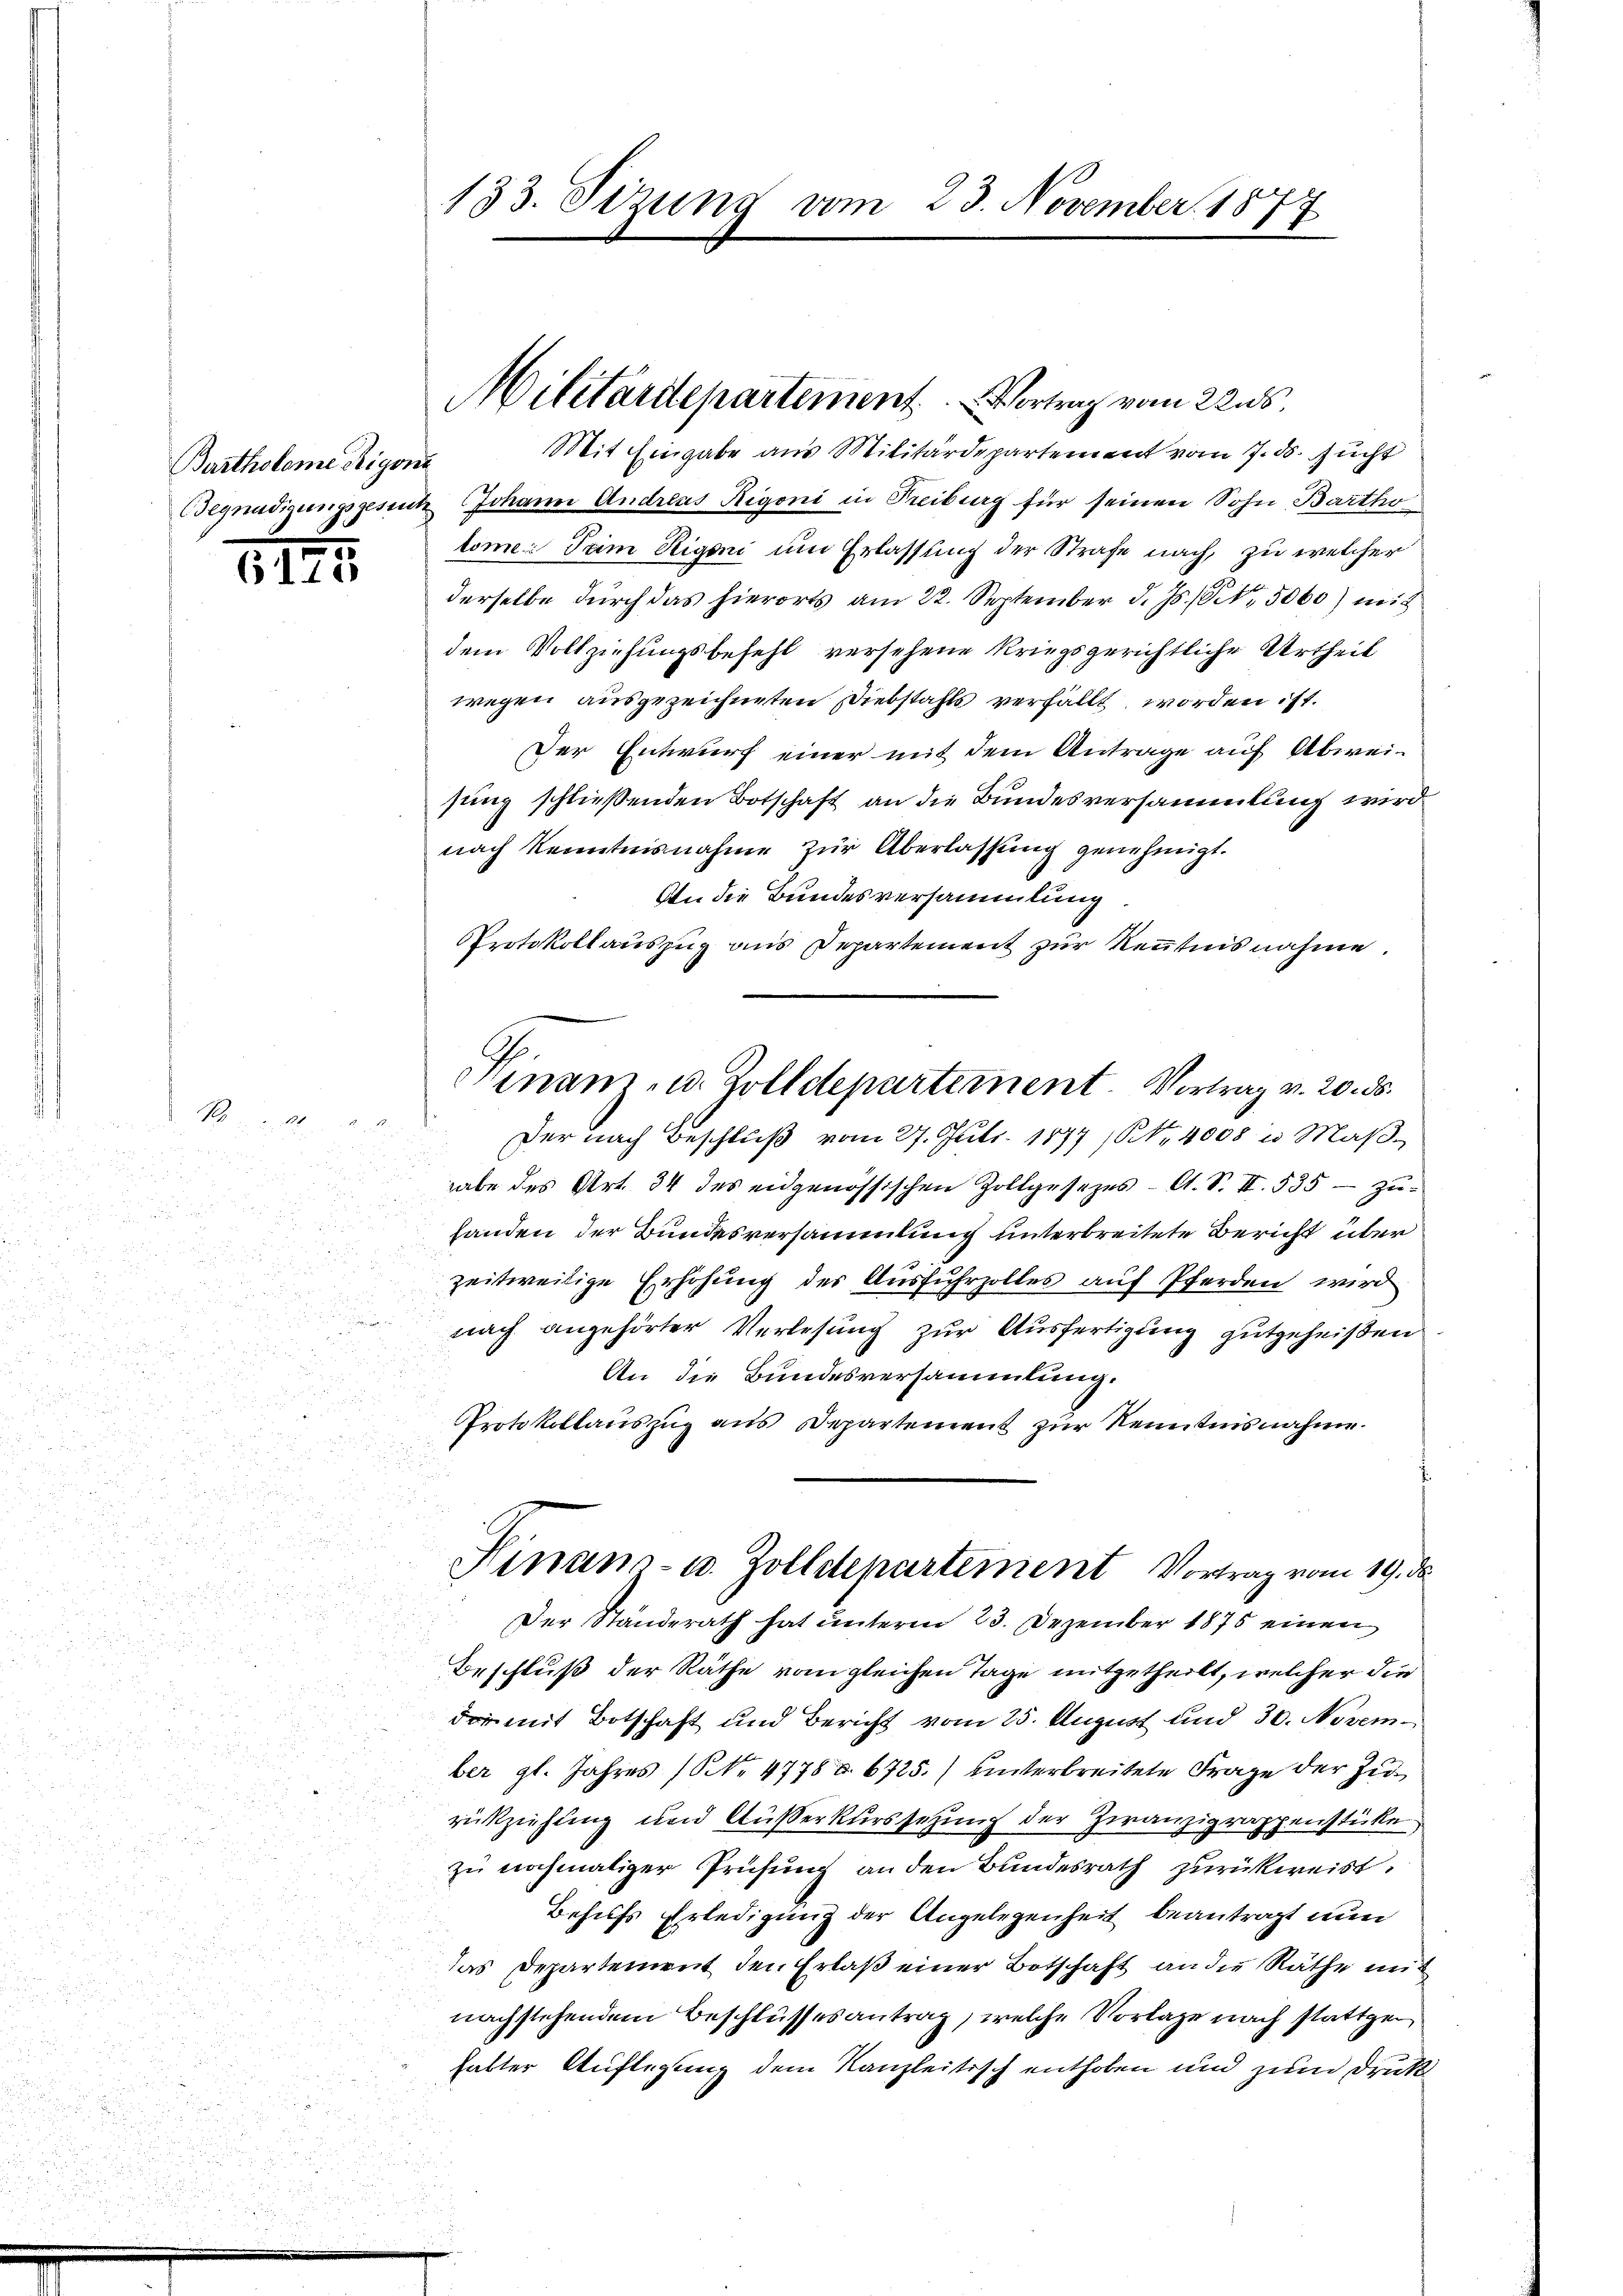
Bartholome Rigone

1

6125

Begnadigungsgesetz Johann Andreas Rigoni in Freiburg für seinen Sohn, Bartho
lome dem Rigoni um Erlassung der Strafe nach, zu welcher
derselbe durch das hierorts am 22. September d. Js. 8, 5060) mit
dem Vollziehungsbefehl versehene kriegsgerichtliche Urtheil
wegen ausgezeichneten Diebstahls verfällt worden ist.
Der Entwurf einer mit dem Antrage auf Abweisung schließenden Botschaft an die Bundesversammlung wird
nach Kenntnisnahme zur Überlassung genehmigt.
en die Bundesversammlung
Protokollauszug aus Departement zur Kenntnis nahme.
Der nach Beschluß vom 27. Juli 1877 (Nr. 4008 u. Maβ-
habe des Art. 34 des eidgenössischen Zollgesezes- A. S. II 535 - zu
handen der Bundesversammlung unterbreitete Bericht über
zeitweilige Erhöhung der Ausfuhrzolles auf Pferden wird

nach angehörter Verlesung zur Ausfertigung gutgeheißen
An die Bundesversammlung.
Protokollauszug aus Departement zur Kenntnisnahme.

Hinaus- u. Zolldepartement Vortrag vom 19. ds
.
Der Standerath hat unterm 23. Dezember 1875 einen
Beschluß der Räthe vom gleichen Tage mitgetheilt, welcher die
der mit Botschaft und Bericht vom 25. August und 30. November gl. Jahres (NNo. 4778. 6725.) hinterbreitete Frage der Zurückziehung und Außerkurssezung der Zwanzigrappenstücke.
zu nochmaliger Prüfung an den Bundesrath zurückweist.
Behufs Erledigung der Angelegenheit beantragt nun
das Departement den Erlaß einer Botschaft an die Räthe mit
nachstehendem Beschlussesantrag, welche Vorlage nach stattgen
habter Auflegung dem Kanzleitisch enthoben und zum Druk

5

133. Sizung vom 23. November 1877

Militärdepartement. Vortrag vom 22. ds.
Mit Eingabe aus Militärdepartement vom 7. ds. sucht

Sinam- u. Zolldepartement. Vortrag v. 20. ds.